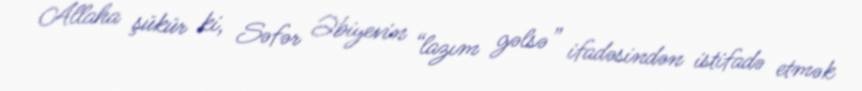
Allaha şükür ki, Səfər Əbiyevin “lazım gəlsə” ifadəsindən istifadə etmək